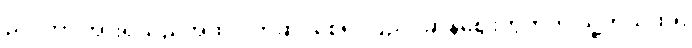
ညှပ်ကာ အားရသည်အထိ ဝတ်ဆင်စေ၍ ပြည်ပဆန်ဈေးကွက်ကို သူ့ကိုယ်ထဲရှိ